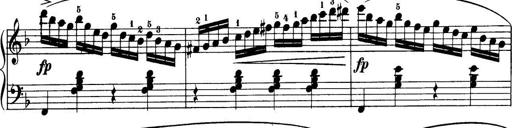
Title: 32 Sonatinas and Rondos for the Piano
Composer: Richard Kleinmichel